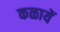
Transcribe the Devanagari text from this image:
कळायें